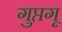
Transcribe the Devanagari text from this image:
गुप्तगू